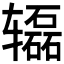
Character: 𰺢